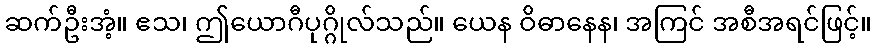
ဆက်ဦးအံ့။ ဧသ၊ ဤယောဂီပုဂ္ဂိုလ်သည်။ ယေန ဝိဓာနေန၊ အကြင် အစီအရင်ဖြင့်။